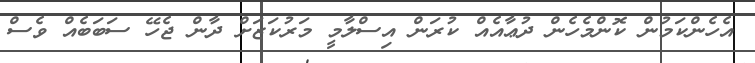
އެހެންކަމުން ކޮންމެހެން ދުޢާއެއް ކުރަން އިސްލާމީ މަރުކަޒަށް ދާން ޖެހޭ ސަބަބެއް ވެސް